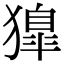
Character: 獋